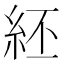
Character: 䋔